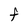
Character: F